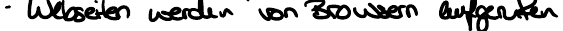
- Webseiten werden von Browsern aufgerufen